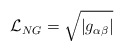
\begin{align*}{\cal L}_{NG} = \sqrt{| g_{\alpha \beta}|}\end{align*}